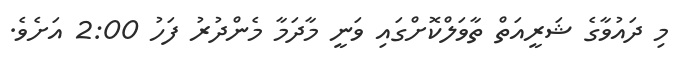
މި ދައުވާގެ ޝަރީއަތް ތާވަލްކޮށްގައި ވަނީ މާދަމާ މެންދުރު ފަހު 2:00 އަށެވެ.